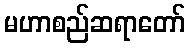
မဟာစည်ဆရာတော်